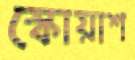
স্কোয়াশ